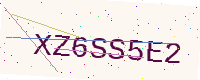
Text: XZ6SS5E2